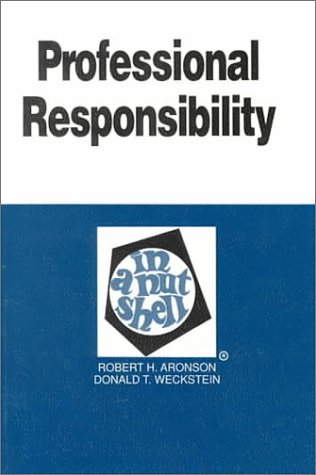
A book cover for Professional Responsibility in a Nutshell (Nutshell Series); Robert H. Aronson; Law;